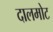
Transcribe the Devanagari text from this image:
दालमोट